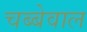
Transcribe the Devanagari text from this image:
चब्बेवाल